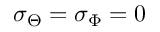
\sigma _ { \Theta } = \sigma _ { \Phi } = 0